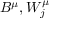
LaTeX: B ^ { \mu } , W _ { j } ^ { \mu }